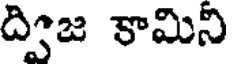
ద్విజ కామిని